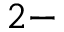
2 -